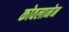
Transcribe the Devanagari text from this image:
कोवलानेन